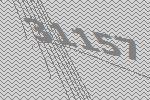
31157